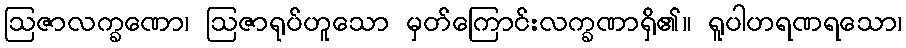
ဩဇာလက္ခဏော၊ ဩဇာရုပ်ဟူသော မှတ်ကြောင်းလက္ခဏာရှိ၏။ ရူပါဟရဏရသော၊